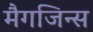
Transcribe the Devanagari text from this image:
मैगजिन्स